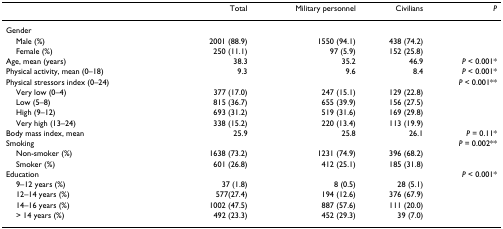
<table><thead><tr><td></td><td><b>Total</b></td><td><b>Military personnel</b></td><td><b>Civilians</b></td><td><b><i>P</i></b></td></tr></thead><tbody><tr><td>Gender</td><td></td><td></td><td></td><td></td></tr><tr><td> Male (%)</td><td>2001 (88.9)</td><td>1550 (94.1)</td><td>438 (74.2)</td><td></td></tr><tr><td> Female (%)</td><td>250 (11.1)</td><td>97 (5.9)</td><td>152 (25.8)</td><td></td></tr><tr><td>Age, mean (years)</td><td>38.3</td><td>35.2</td><td>46.9</td><td><i>P </i>&lt; 0.001*</td></tr><tr><td>Physical activity, mean (0–18)</td><td>9.3</td><td>9.6</td><td>8.4</td><td><i>P </i>&lt; 0.001*</td></tr><tr><td>Physical stressors index (0–24)</td><td></td><td></td><td></td><td><i>P </i>&lt; 0.001**</td></tr><tr><td> Very low (0–4)</td><td>377 (17.0)</td><td>247 (15.1)</td><td>129 (22.8)</td><td></td></tr><tr><td> Low (5–8)</td><td>815 (36.7)</td><td>655 (39.9)</td><td>156 (27.5)</td><td></td></tr><tr><td> High (9–12)</td><td>693 (31.2)</td><td>519 (31.6)</td><td>169 (29.8)</td><td></td></tr><tr><td> Very high (13–24)</td><td>338 (15.2)</td><td>220 (13.4)</td><td>113 (19.9)</td><td></td></tr><tr><td>Body mass index, mean</td><td>25.9</td><td>25.8</td><td>26.1</td><td><i>P </i>= 0.11*</td></tr><tr><td>Smoking</td><td></td><td></td><td></td><td><i>P </i>= 0.002**</td></tr><tr><td> Non-smoker (%)</td><td>1638 (73.2)</td><td>1231 (74.9)</td><td>396 (68.2)</td><td></td></tr><tr><td> Smoker (%)</td><td>601 (26.8)</td><td>412 (25.1)</td><td>185 (31.8)</td><td></td></tr><tr><td>Education</td><td></td><td></td><td></td><td><i>P </i>&lt; 0.001*</td></tr><tr><td> 9–12 years (%)</td><td>37 (1.8)</td><td>8 (0.5)</td><td>28 (5.1)</td><td></td></tr><tr><td> 12–14 years (%)</td><td>577(27.4)</td><td>194 (12.6)</td><td>376 (67.9)</td><td></td></tr><tr><td> 14–16 years (%)</td><td>1002 (47.5)</td><td>887 (57.6)</td><td>111 (20.0)</td><td></td></tr><tr><td> &gt; 14 years (%)</td><td>492 (23.3)</td><td>452 (29.3)</td><td>39 (7.0)</td><td></td></tr></tbody></table>